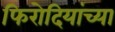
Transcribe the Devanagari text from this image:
फिरोदियांच्या